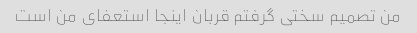
من تصمیم سختی گرفتم قربان اینجا استعفای من است